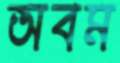
অবম